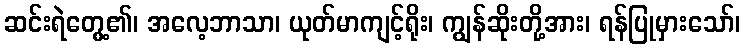
ဆင်းရဲတွေ့၏၊ အလေ့ဘာသာ၊ ယုတ်မာကျင့်ရိုး၊ ကျွန်ဆိုးတို့အား၊ ရန်ပြုမှားသော်၊